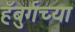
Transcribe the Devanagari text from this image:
हँबुर्गच्या